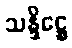
သန္ဒိဋ္ဌေ